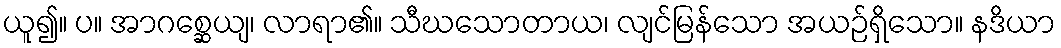
ယူ၍။ ပ။ အာဂစ္ဆေယျ၊ လာရာ၏။ သီဃသောတာယ၊ လျင်မြန်သော အယဉ်ရှိသော။ နဒိယာ